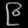
Digit: ၉